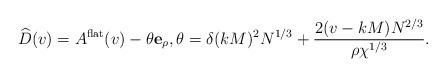
LaTeX: \begin{align*}\widehat D(v)=A^{\rm flat}(v)-\theta \mathbf{e}_\rho,\theta=\delta (kM)^2 N^{1/3}+\frac{2 (v-kM)N^{2/3}}{\rho\chi^{1/3}}.\end{align*}